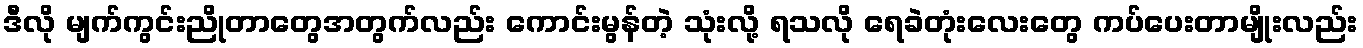
ဒီလို မျက်ကွင်းညိုတာတွေအတွက်လည်း ကောင်းမွန်တဲ့ သုံးလို့ ရသလို ရေခဲတုံးလေးတွေ ကပ်ပေးတာမျိုးလည်း